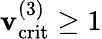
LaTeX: \mathbf{v}_{\mathrm{{crit}}}^{(3)}\geq1